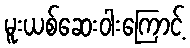
မူးယစ်ဆေးဝါးကြောင့်